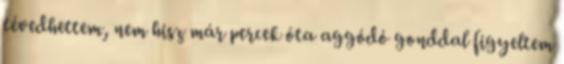
tévedhettem, nem hisz már percek óta aggódó gonddal figyeltem